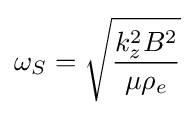
\omega _{S}={\sqrt {\frac {k_{z}^{2}B^{2}}{\mu \rho _{e}}}}